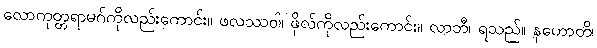
လောကုတ္တရာမဂ်ကိုလည်းကောင်း။ ဖလဿဝါ၊ ဖိုလ်ကိုလည်းကောင်း။ လာဘီ၊ ရသည်။ နဟောတိ၊